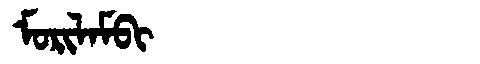
Manchu: ᠮᠣᡵᡳᠯᠠᠮᠪᡳ
Romanization: MORILAMBI